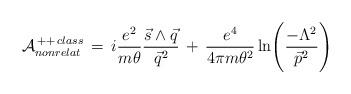
LaTeX: \begin{align*}{\cal{A}}^{\,++\,class}_{nonrelat}\,=\,i\frac{e^2}{m \theta}\frac{\vec{s}\wedge\vec{q}}{\vec{q}^2}\,+\,\frac{e^4}{4 \pi m \theta^2}\ln\Biggl(\frac{-\Lambda^2}{\vec{p}^2}\Biggr)\end{align*}